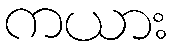
ကယား